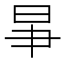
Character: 𣌦